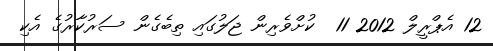
12 އެޕްރީލް 2012 11  ކުށްވެރިން ޖަލުގައި ތިބެގެން ސަރުކާރުގެ އެކި